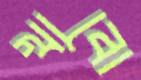
খাবো